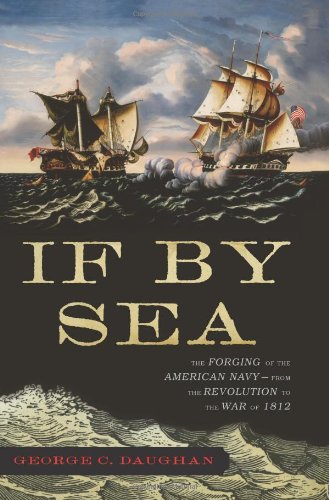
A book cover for If By Sea: The Forging of the American Navy -From the Revolution to the War of 1812; George C. Daughan; History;